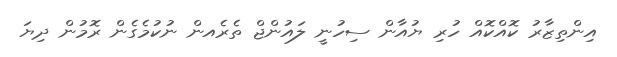
އިންތިޒާރު ކޮއްކޮއް ހުރި ޔުއާން ސިހުނީ ލައުންޖް ތެރެއން ނުކުމެގެން ރޮމުން ދިޔަ